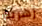
زهرية